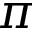
\pi